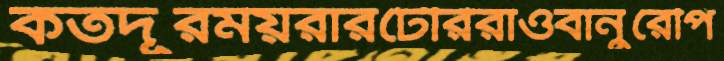
কতদূরময়রারটেরিরাওবানুরেপি